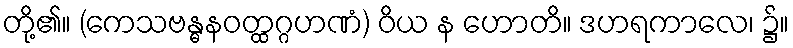
တို့၏။ (ကေသဗန္ဓနဝတ္ထဂ္ဂဟဏံ) ဝိယ န ဟောတိ။ ဒဟရကာလေ၊ ၌။